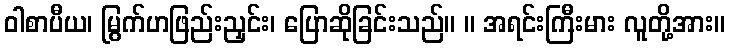
ဝါစာပီယ၊ မြွက်ဟဖြည်းညှင်း၊ ပြောဆိုခြင်းသည်။ ။ အရင်းကြီးမား လူတို့အား။